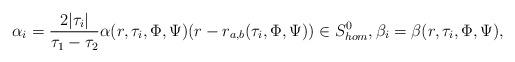
LaTeX: \begin{align*}\alpha_{i} =\frac{2|\tau_{i}|}{\tau_{1} -\tau_{2}} \alpha(r,\tau_{i},\Phi,\Psi) (r - r_{a,b}(\tau_{i},\Phi,\Psi)) \in S^0_{hom},\beta_{i} = \beta(r,\tau_{i},\Phi,\Psi),\end{align*}